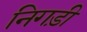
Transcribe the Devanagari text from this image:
निगड़ी